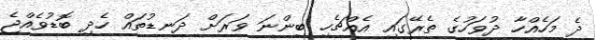
ދެ މަހެއްހާ ދުވަހުގެ ތެރޭގައި އެއްޗެހި ބިންނަ ވަރަށް ދަނޑުތައް ހެދި ބޮޑުވެއްޖެ